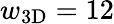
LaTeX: w_{\mathrm{3D}}=12